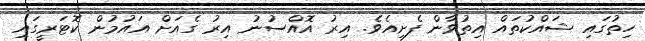
ހިތުގައި ޝައްކުތައް އިތުވާން ފެށިއެވެ. އިރު އޮއްސުނު އިރު ގެއަށް އައުމުން ކޮޓަރީގައި